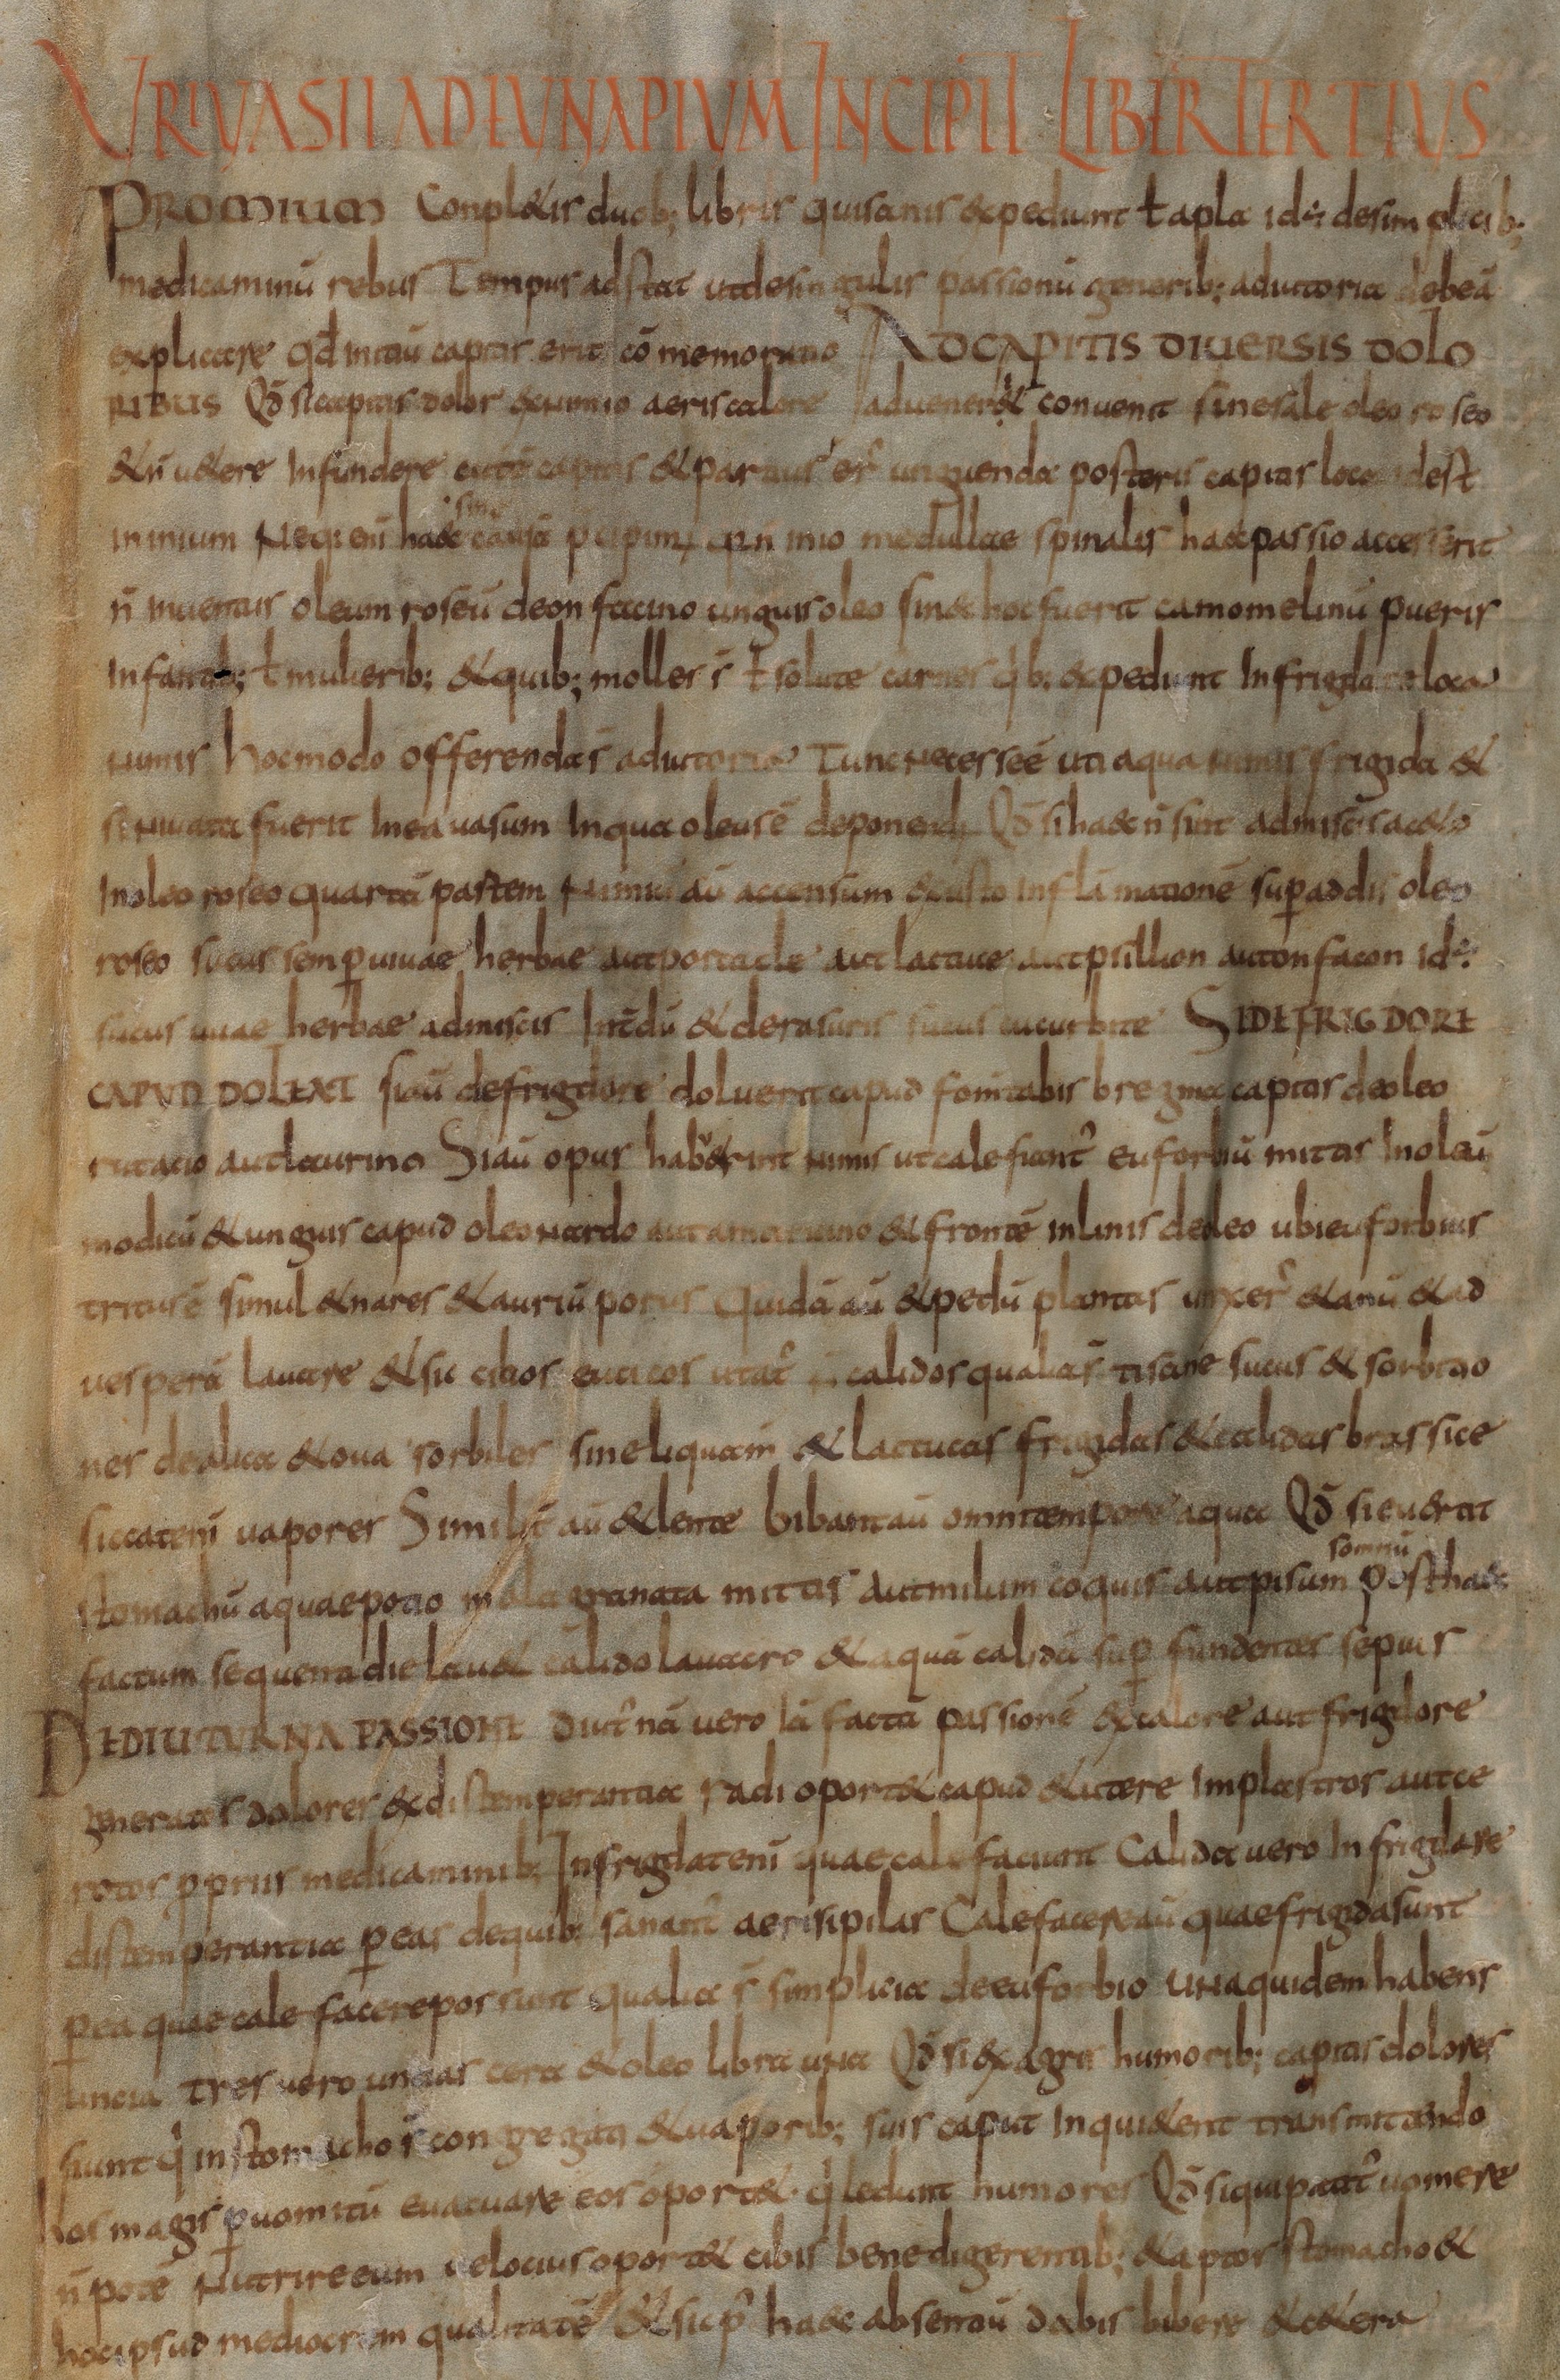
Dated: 800–830